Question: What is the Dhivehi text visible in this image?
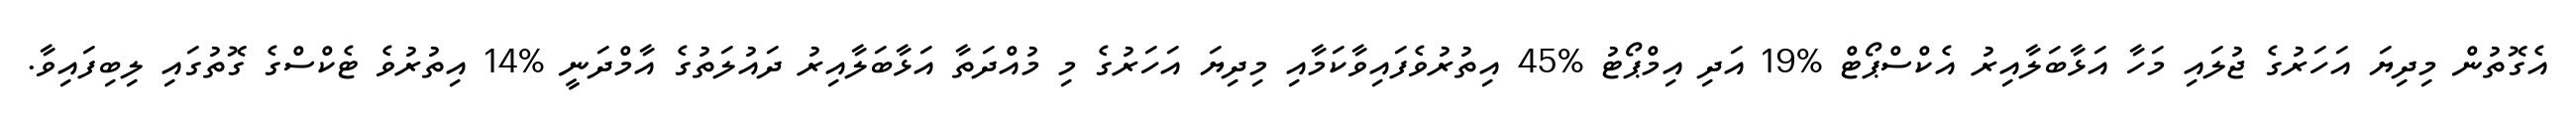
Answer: އެގޮތުން މިދިޔަ އަހަރުގެ ޖުލައި މަހާ އަޅާބަލާއިރު އެކްސްޕޯޓް %19 އަދި އިމްޕޯޓު %45 އިތުރުވެފައިވާކަމާއި މިދިޔަ އަހަރުގެ މި މުއްދަތާ އަޅާބަލާއިރު ދައުލަތުގެ އާމްދަނީ %14 އިތުރުވެ ޓެކްސްގެ ގޮތުގައި ލިބިފައިވާ.